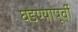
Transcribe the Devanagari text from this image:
घडण्यापूर्वी